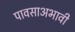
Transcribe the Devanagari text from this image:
पावसाअभावी